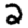
Digit: 2